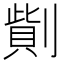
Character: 𠟓